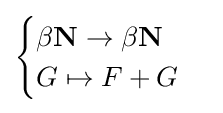
{\begin{cases}\beta \mathbf {N} \to \beta \mathbf {N} \\G\mapsto F+G\end{cases}}